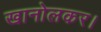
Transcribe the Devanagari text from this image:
खानोलकर।